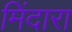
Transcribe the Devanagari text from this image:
मिंदारा